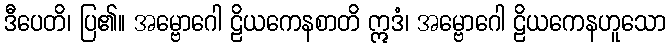
ဒီပေတိ၊ ပြ၏။ အမ္ဗောဂေါ ဠိယကေနစာတိ ဣဒံ၊ အမ္ဗောဂေါ ဠိယကေနဟူသော